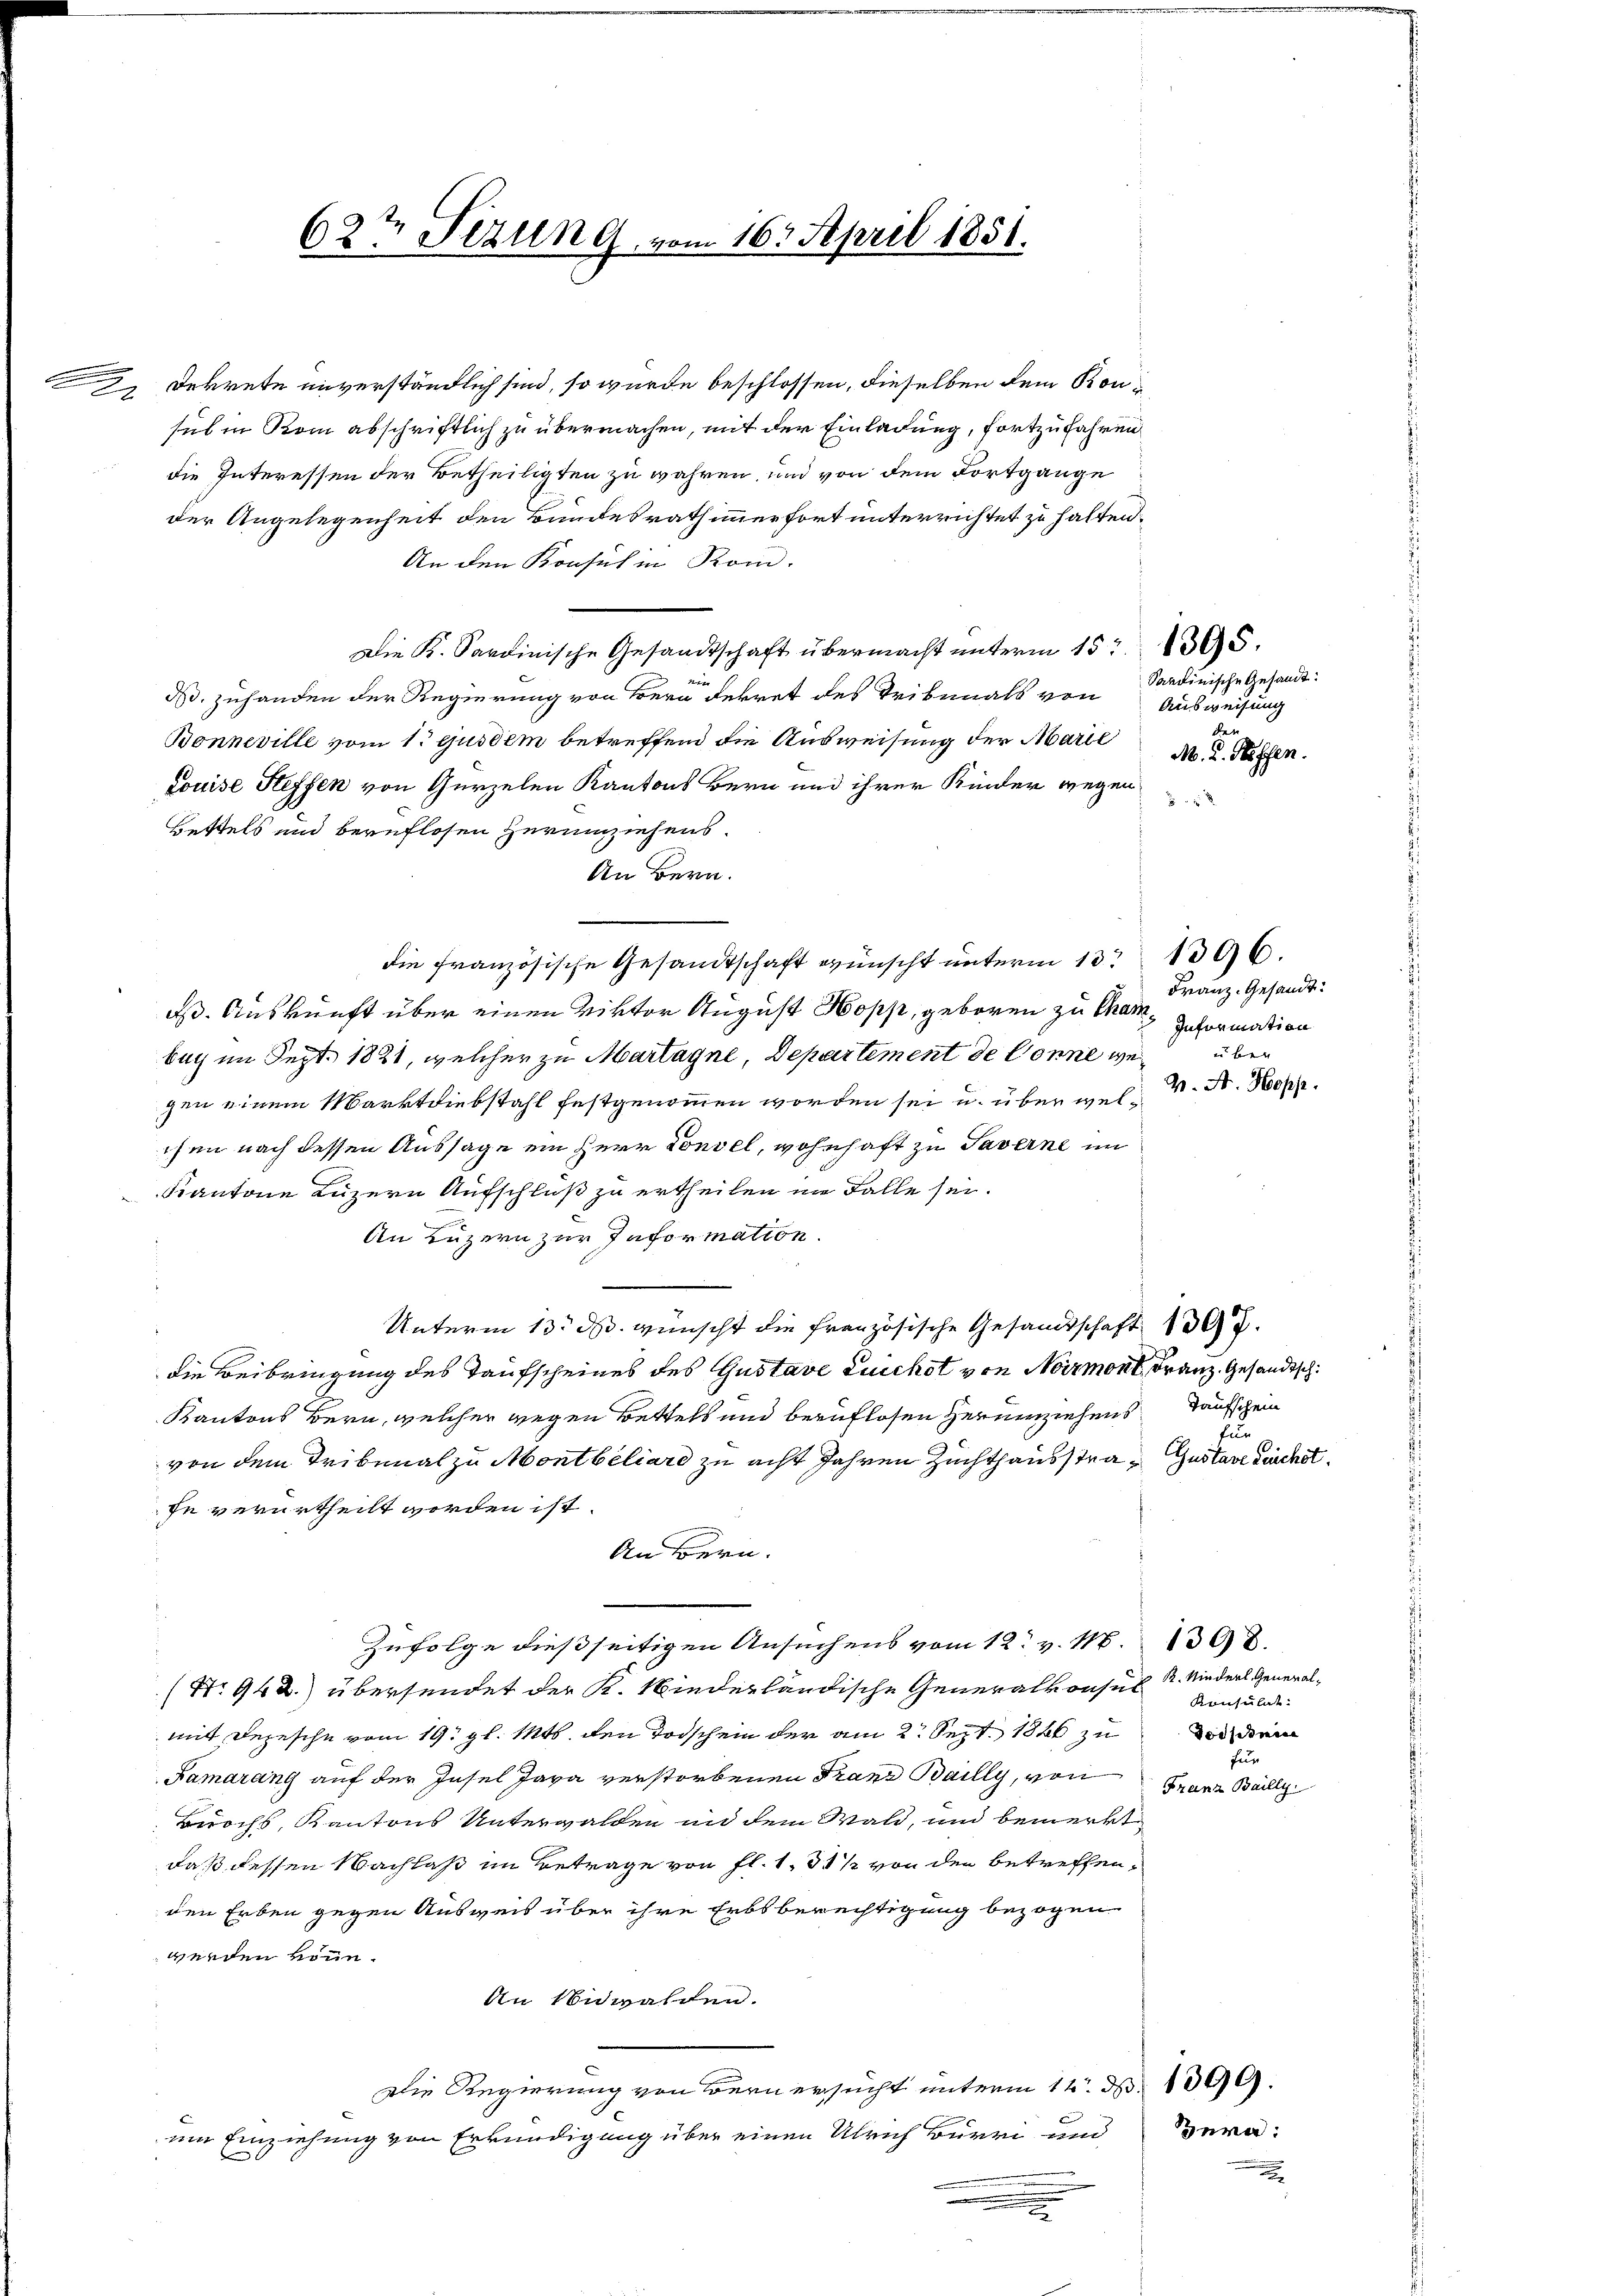
e

Dekrete unverständlich sind, so wurde beschlossen, dieselben dem Kon¬
2
sul in Rom abschriftlich zu übermachen, mit der Einladung, fortzufahren,
die Interessen der Betheiligten zu währen, und von dem Fortgange
der Angelegenheit den Bundesrath immerfort unterrichtet zu halten.
An den Konsul in Rom.
Die K. Sardinische Gesandtschaft übermacht ŭnterm 15. 1395.
t
d. zuhanden der Regierung von Bern Dekret des Tribunals von Sardinische Gesandt¬
Bonneville vom 1. gusdem betreffend die Ausweisung der Marie
Louise Steffen von Gerzelen Kantons Bern und ihrer Kinder wegen
1
Bettels und beruflosen Herumziehens.
An Bern.
die französische Gesandtschaft wünscht unterm 13te 1396.
eß. Auskunft über einen Viktor August Hopp, geboren zu Chambay im Sept. 1821, welcher zu Martagne, Departement de Conne wegen einem Marktdiebstahl festgenommen worden sei u. über welchen nach dessen Aussage ein Herr Convel, wohnhaft zu Taverne im
Kantone Luzern Aufschluß zu ertheilen im Falle sei.
An Luzern zur Information.
Unterm 13. ds. wünscht die französische Gesandtschaft 1307.
die Beibringung des Taufscheines des Gustave Luichst von Noirmont, Franz. Gesandtsch.
Kantons Bern, welcher wegen Bettels und beruflosen Herumziehens Taufschein
von dem Tribunal zu Montbiliard zu acht Jahren Zuchthausstra¬ Gustave sichet.
fe verurtheilt worden ist.
An Bern.
Zufolge dießseitigen Ansuchens vom 12. v. M. 1308.
(No 942.) übersendet der K. Niederländische Generalkonsur
mit Depesche vom 19. gl. Mts. den Todschein der am 2. Sept. 1846 zu
Samarang auf der Insel Java verstorbenen Franz Bailly, von Franz Bailli
Buochs, Kantons Unterwalden in dem Wald, und bemerkt
daß dessen Nachlaß im Betrage von fl. 1. 31 1/2 von den betreffenden Erben gegen Ausweis über ihre Erbsberechtigung bezogen
werden könn.
An Nidwalden.
Die Regierung von Bern ersucht unterm 14. d. 1099.
um Einziehung von Erkundigung über einen Ulrich Burri und Tera-
e

63ten Fezung vom 16. April 1851.

.

Ausweisung
Rat
M. R. Hoffen.

Franz. Gesandt.
Information

V. A. Hopp.

für

R. Kinderl, General¬
Konsulat
Dorsehnen
für